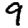
Digit: 9